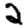
Digit: 2